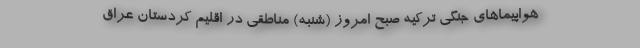
هواپیماهای جنگی ترکیه صبح امروز (شنبه) مناطقی در اقلیم کردستان عراق